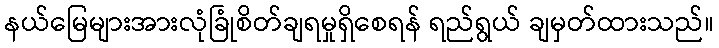
နယ်မြေများအားလုံခြုံစိတ်ချရမှုရှိစေရန် ရည်ရွယ် ချမှတ်ထားသည်။